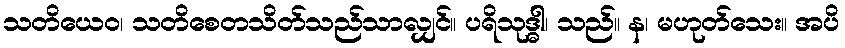
သတိယေဝ၊ သတိစေတသိတ်သည်သာလျှင်။ ပရိသုဒ္ဓါ၊ သည်။ န၊ မဟုတ်သေး။ အပိ